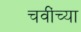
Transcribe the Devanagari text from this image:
चवींच्या